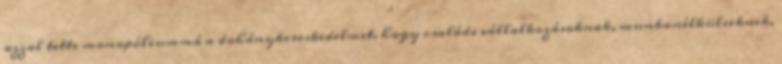
azzal tette monopóliummá a dohánykereskedelmet, hogy családi vállalkozásoknak, munkanélkülieknek,